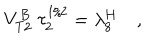
LaTeX: V _ { T 2 } ^ { B } \ \tau _ { 2 } ^ { 1 / 2 } = \lambda _ { 8 } ^ { H } \quad ,